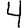
Digit: 4